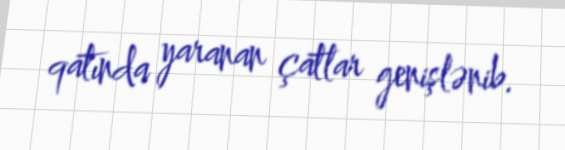
qatında yaranan çatlar genişlənib.